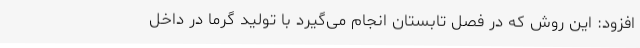
افزود: این روش که در فصل تابستان انجام می‌گیرد با تولید گرما در داخل